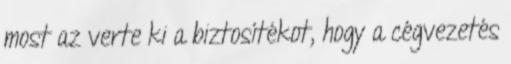
most az verte ki a biztosítékot, hogy a cégvezetés